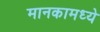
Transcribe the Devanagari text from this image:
मानकामध्ये